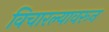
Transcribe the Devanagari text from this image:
विचारल्यावरून